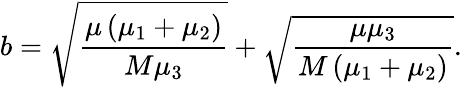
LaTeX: b=\sqrt{\frac{\mu\left(\mu_{1}+\mu_{2}\right)}{M\mu_{3}}}+\sqrt{\frac{\mu\mu_{3}}{M\left(\mu_{1}+\mu_{2}\right)}}.